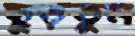
ছুড়তুম